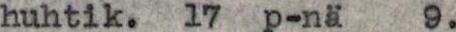
huhtik. 17 p-nä   9.